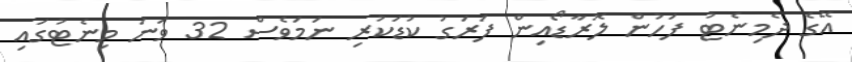
އޭގެ ދެމިނެޓު ފަހުން ލޮރާޑޯއިން ފަރަގު ކުޑަކުރި ނަމަވެސް 32 ވަނަ މިނެޓުގައި